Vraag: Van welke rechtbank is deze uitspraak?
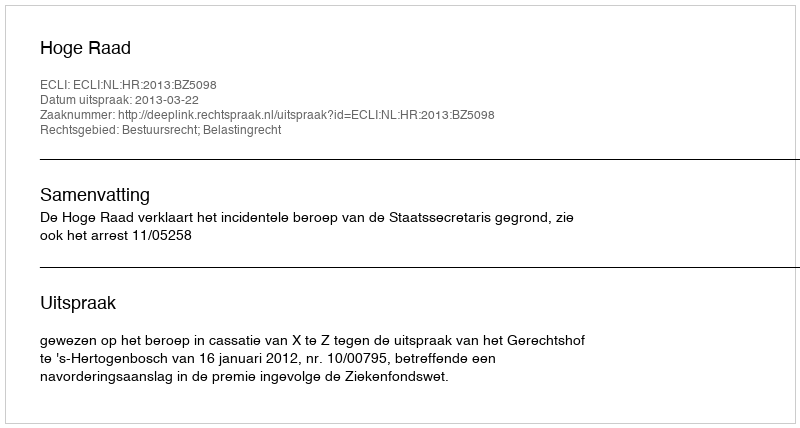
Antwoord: Hoge Raad